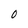
Character: O